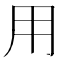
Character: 用